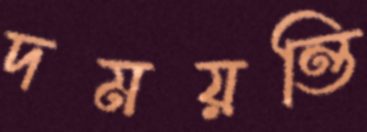
দময়ন্তি